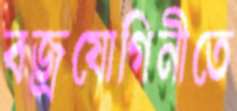
বজ্রযোগিনীতে